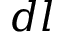
d l